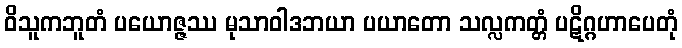
ဝိသူကဘူတံ ပယောဇ္ဇဿ မုသာဝါဒဘယာ ပယာတော သလ္လကတ္တံ ပဋိဂ္ဂဟာပေတုံ